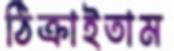
ঠিক্‌রাইতাম